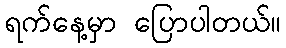
ရက်နေ့မှာ ပြောပါတယ်။